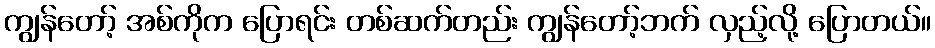
ကျွန်တော့် အစ်ကိုက ပြောရင်း တစ်ဆက်တည်း ကျွန်တော့်ဘက် လှည့်လို့ ပြောတယ်။